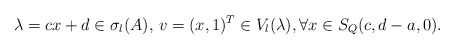
\begin{align*}\lambda=cx+d\in \sigma_l(A),\, v=(x,1)^T\in V_l(\lambda),\forall x\in S_Q(c,d-a,0).\end{align*}